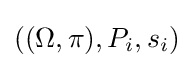
((\Omega ,\pi ),P_{i},s_{i})